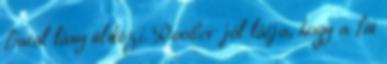
fiatal lány üldözi. Roober jól látja, hogy a fiú